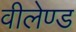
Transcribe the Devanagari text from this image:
वीलेण्ड